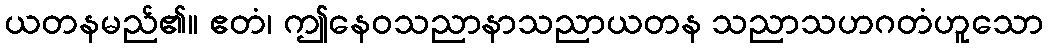
ယတနမည်၏။ ဧတံ၊ ဤနေဝသညာနာသညာယတန သညာသဟဂတံဟူသော